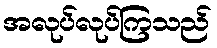
အလုပ်လုပ်ကြသည်